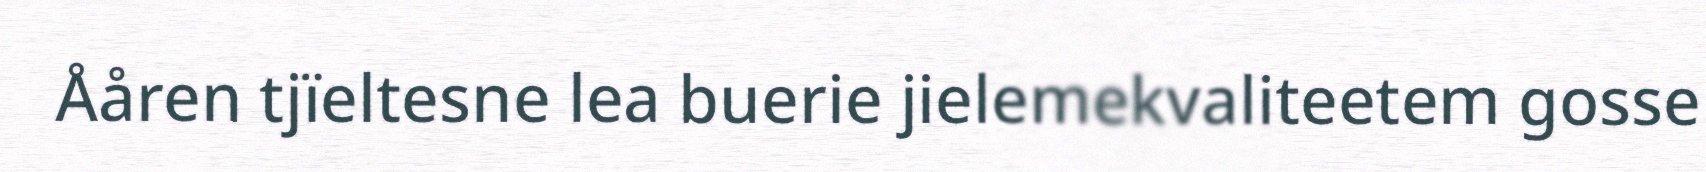
Ååren tjïeltesne lea buerie jielemekvaliteetem gosse